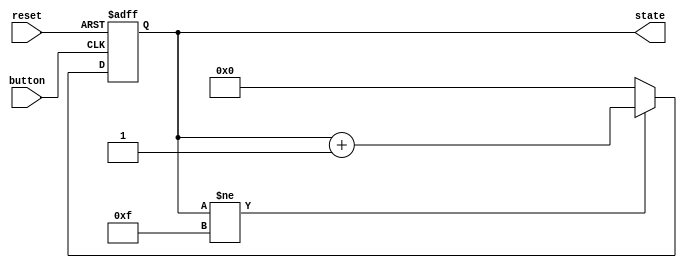
module state_count(reset, button, state);
	input		reset, button;
	output	[3:0]state;
	
	reg		[3:0]state;
	
	initial begin
		state = 4'b0;
	end
	
	always@ (posedge reset or posedge button) begin
		if(reset)
			state <= 4'b0;
		else 
			if(button == 1'b1) begin
				if(state != 4'b1111)
					state <= state + 1'b1;
				else
					state <= 4'b0;
			end
	end
endmodule